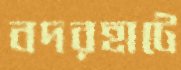
বদরহাটে